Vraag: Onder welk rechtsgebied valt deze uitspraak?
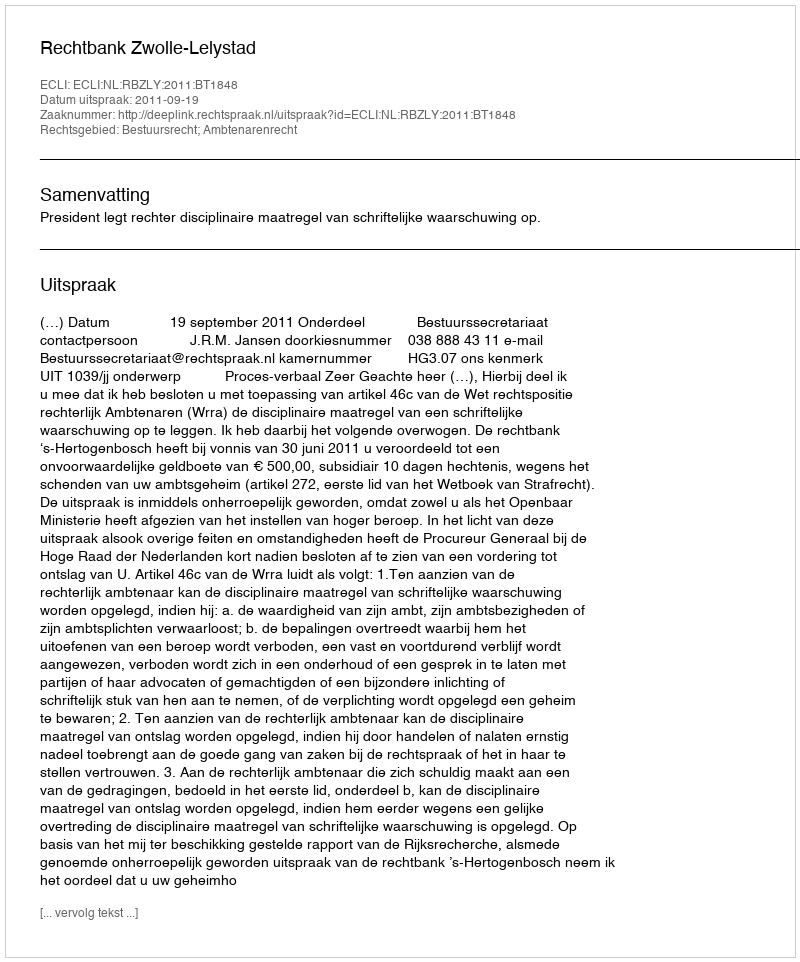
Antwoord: Bestuursrecht; Ambtenarenrecht